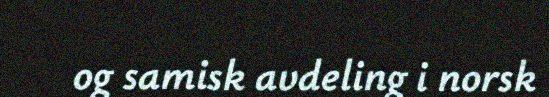
og samisk avdeling i norsk